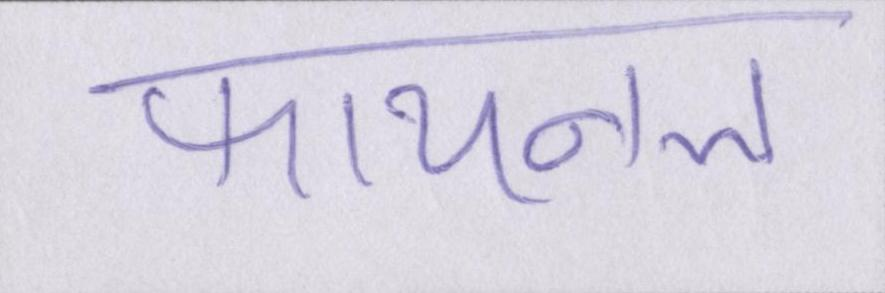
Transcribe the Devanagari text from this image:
फायनल